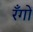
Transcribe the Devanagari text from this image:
रँगों